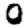
Digit: 0